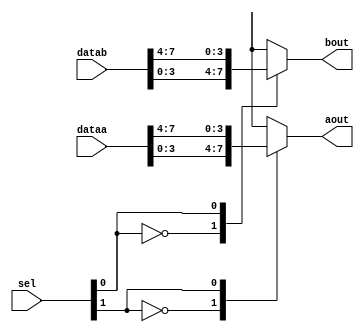
`timescale 1ns / 1ps
//////////////////////////////////////////////////////////////////////////////////
// Company: 
// Engineer: 
// 
// Design Name: 
// Module Name: mux4
// Project Name: 
// Target Devices: 
// Tool Versions: 
// Description: 
// 
// Dependencies: 
// 
// Revision:
// Revision 0.01 - File Created
// Additional Comments:
// 
//////////////////////////////////////////////////////////////////////////////////



module mux4 (
input [7 : 0] dataa ,
input [7 : 0] datab ,
input [1 : 0] sel,
output reg [3:0] aout ,
output reg [3:0] bout
);
  always@(dataa ,sel[1])
   begin
     aout =8'd0 ;
     case(sel[1])
       1'b0 : aout = dataa[3 : 0] ;
       1'b1 : aout = dataa[7 : 4] ;
       default : aout =8'd0 ;
     endcase
   end
always@(datab , sel[0])
   begin
     bout =8'd0 ;
     case(sel[0])
       1'b0 : bout = datab[3 : 0] ;
       1'b1 : bout = datab[7 : 4] ;
       default : bout = 8'd0 ;
   endcase
 end
endmodule